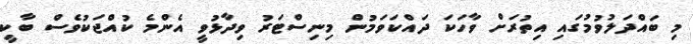
މި ބައްދަލުވުމުގައި އިތުރަށް ވާހަކަ ދައްކަވަމުން މިނިސްޓަރު ވިދާޅުވީ އެންމެ ކުއްޖަކުވެސް ބާކީ